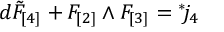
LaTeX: d \tilde { F } _ { [ 4 ] } + F _ { [ 2 ] } \wedge F _ { [ 3 ] } = { } ^ { * } \! j _ { 4 }